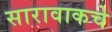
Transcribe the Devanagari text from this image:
सारावाकचे